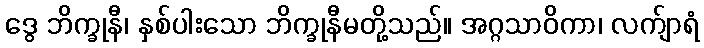
ဒွေ ဘိက္ခုနီ၊ နှစ်ပါးသော ဘိက္ခုနီမတို့သည်။ အဂ္ဂသာဝိကာ၊ လက်ျာရံ